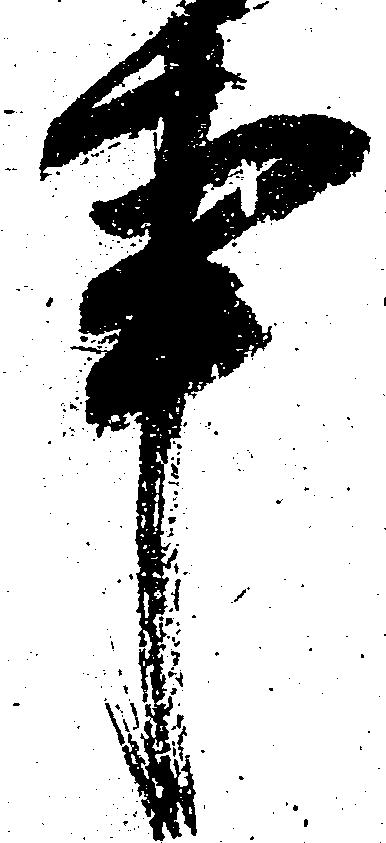
事